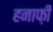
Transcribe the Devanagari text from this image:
हनाफ़ी